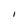
Character: I